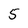
Character: 5